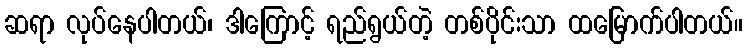
ဆရာ လုပ်နေပါတယ်၊ ဒါကြောင့် ရည်ရွယ်တဲ့ တစ်ပိုင်းသာ ထမြောက်ပါတယ်။